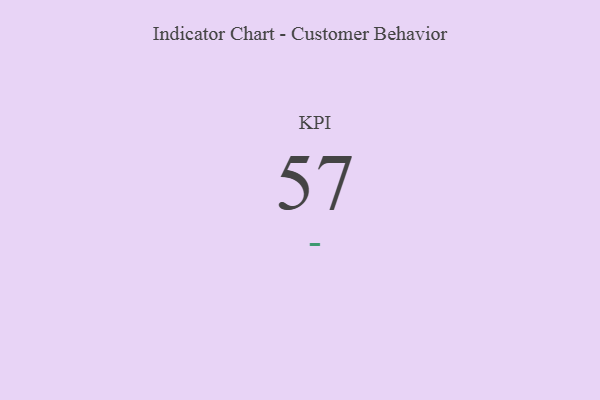
{"axis": {"x": "KPI", "y": "Value"}, "legend": [""], "data": [{"x": "KPI", "y": 57, "type": ""}]}